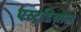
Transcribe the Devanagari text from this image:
एस्ट्रडियोल